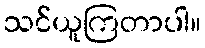
သင်ယူကြတာပါ။